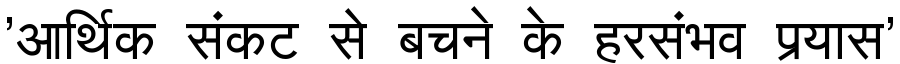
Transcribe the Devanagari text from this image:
'आर्थिक संकट से बचने के हरसंभव प्रयास'